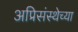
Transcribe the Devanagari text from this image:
अप्रिसंस्थेच्या